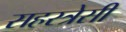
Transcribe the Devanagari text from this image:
सहस्त्रेसी